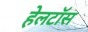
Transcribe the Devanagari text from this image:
हेलटॉस